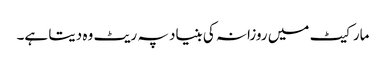
مارکیٹ میں روزانہ کی بنیاد پہ ریٹ وہ دیتا ہے۔